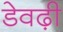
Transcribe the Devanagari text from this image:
डेवढ़ी